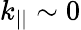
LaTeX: k_{||}\sim 0